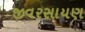
જીવરસાયણ